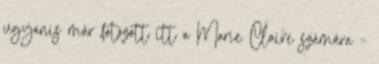
ugyanis már fotózott itt a Marie Claire számára -